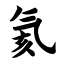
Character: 氦